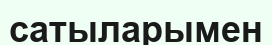
сатыларымен